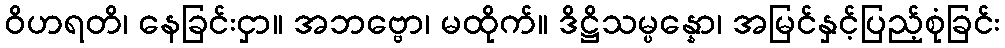
ဝိဟရတိ၊ နေခြင်းငှာ။ အဘဗ္ဗော၊ မထိုက်။ ဒိဋ္ဌိသမ္ပန္နော၊ အမြင်နှင့်ပြည့်စုံခြင်း